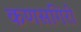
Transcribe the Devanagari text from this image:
कणसगिरी